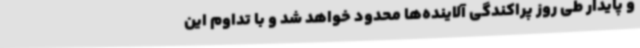
و پایدار طی روز پراکندگی آلاینده‌ها محدود خواهد شد و با تداوم این